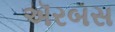
ઍરબસ